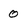
Character: 0